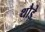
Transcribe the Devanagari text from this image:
थौड़े